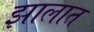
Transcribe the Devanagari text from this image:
झालात